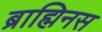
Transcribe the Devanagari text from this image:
ब्राह्मिनस